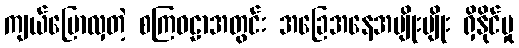
ကျယ်ပြောလှတဲ့ စကြဝဠာအတွင်း အခြေအနေအမျိုးမျိုး ရှိနိုင်မှု